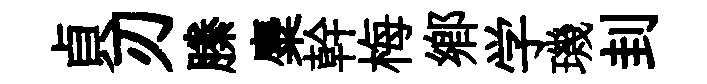
貞刃縢麋幹梅鄕学璣刲